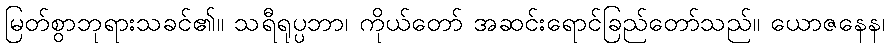
မြတ်စွာဘုရားသခင်၏။ သရီရုပ္ပဘာ၊ ကိုယ်တော် အဆင်းရောင်ခြည်တော်သည်။ ယောဇနေန၊